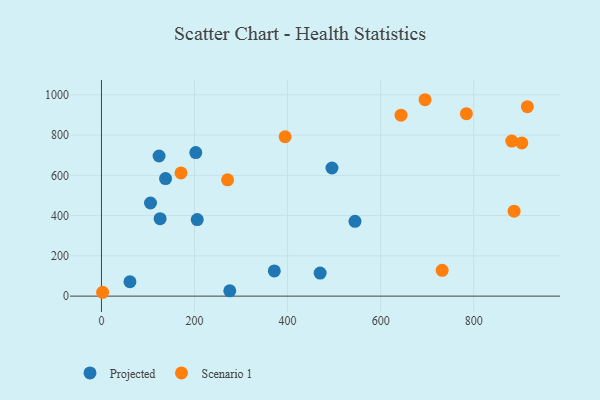
{"axis": {"x": "Engine Size", "y": "Fuel Efficiency"}, "legend": ["Projected", "Scenario 1"], "data": [{"x": "275.8", "y": 26.5, "type": "Projected"}, {"x": "123.8", "y": 696.0, "type": "Projected"}, {"x": "544.9", "y": 371.5, "type": "Projected"}, {"x": "205.8", "y": 380.2, "type": "Projected"}, {"x": "495.4", "y": 636.4, "type": "Projected"}, {"x": "202.7", "y": 712.9, "type": "Projected"}, {"x": "470.0", "y": 114.4, "type": "Projected"}, {"x": "126.0", "y": 384.8, "type": "Projected"}, {"x": "105.4", "y": 462.5, "type": "Projected"}, {"x": "371.5", "y": 125.2, "type": "Projected"}, {"x": "61.2", "y": 71.4, "type": "Projected"}, {"x": "137.7", "y": 584.1, "type": "Projected"}, {"x": "903.4", "y": 760.9, "type": "Scenario 1"}, {"x": "915.4", "y": 941.2, "type": "Scenario 1"}, {"x": "732.2", "y": 128.2, "type": "Scenario 1"}, {"x": "394.7", "y": 791.6, "type": "Scenario 1"}, {"x": "643.8", "y": 898.8, "type": "Scenario 1"}, {"x": "881.8", "y": 769.9, "type": "Scenario 1"}, {"x": "271.1", "y": 577.6, "type": "Scenario 1"}, {"x": "886.9", "y": 422.0, "type": "Scenario 1"}, {"x": "2.5", "y": 19.2, "type": "Scenario 1"}, {"x": "784.3", "y": 906.3, "type": "Scenario 1"}, {"x": "695.5", "y": 975.5, "type": "Scenario 1"}, {"x": "170.9", "y": 611.8, "type": "Scenario 1"}]}